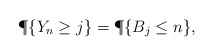
\begin{align*}\P\{Y_n\ge j\}=\P\{B_j\le n\},\end{align*}